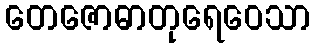
တေဇောဓာတုရေဝေသာ